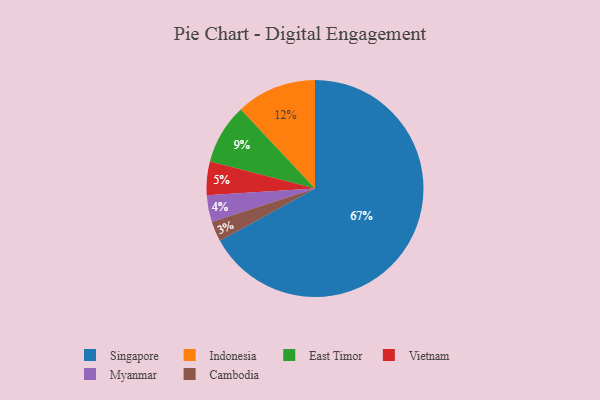
{"axis": {"x": "Category", "y": "Percentage"}, "legend": ["Cambodia", "East Timor", "Indonesia", "Myanmar", "Singapore", "Vietnam"], "data": [{"x": "Myanmar", "y": 4, "type": "Myanmar"}, {"x": "Vietnam", "y": 5, "type": "Vietnam"}, {"x": "Indonesia", "y": 12, "type": "Indonesia"}, {"x": "East Timor", "y": 9, "type": "East Timor"}, {"x": "Singapore", "y": 67, "type": "Singapore"}, {"x": "Cambodia", "y": 3, "type": "Cambodia"}]}